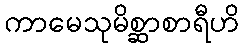
ကာမေသုမိစ္ဆာစာရီဟိ